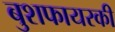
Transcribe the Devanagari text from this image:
बुशफायरकी